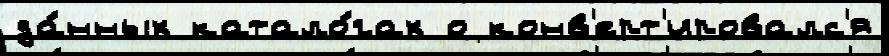
да́нных катало́гах о конв'ерт'ировалс'я